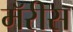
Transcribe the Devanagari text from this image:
मॅरीस